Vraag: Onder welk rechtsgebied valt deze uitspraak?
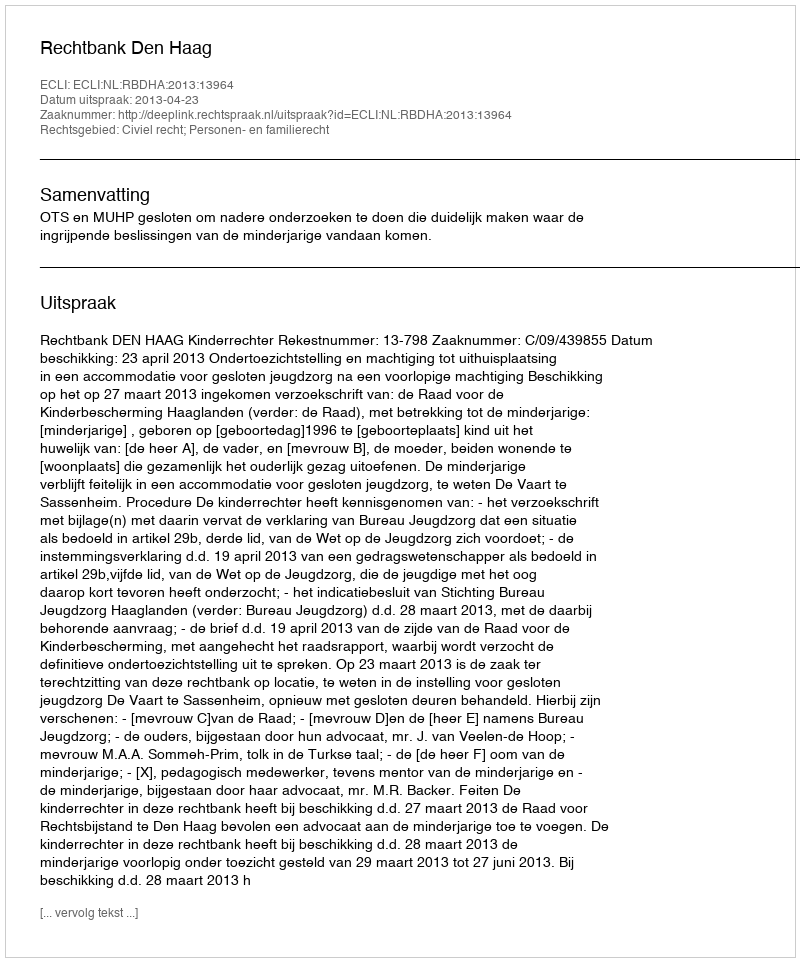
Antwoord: Civiel recht; Personen- en familierecht